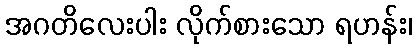
အဂတိလေးပါး လိုက်စားသော ရဟန်း၊